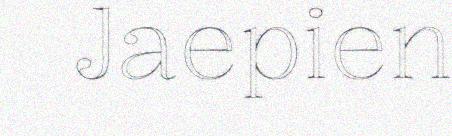
Jaepien